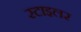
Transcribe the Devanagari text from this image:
स्टाइलर